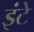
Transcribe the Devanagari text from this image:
इंटे